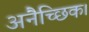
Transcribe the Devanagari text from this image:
अनैच्छिक।